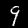
Label: 9